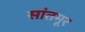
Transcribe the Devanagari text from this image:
सांतमूर